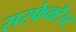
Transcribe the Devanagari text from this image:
सरफेक्टैन्ट